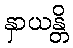
နှာယန္တိ